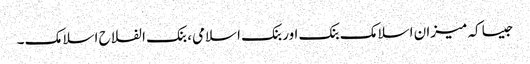
جیسا کہ میزان اسلامک بنک اور بنک اسلامی، بنک الفلاح اسلامک ۔